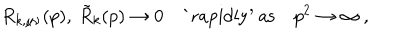
LaTeX: R _ { k , \mu \nu } ( p ) , \: \tilde { R } _ { k } ( p ) \to 0 \quad \mathrm { ` r a p i d l y ^ { \prime } ~ a s } \quad p ^ { 2 } \to \infty \: ,